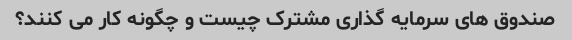
صندوق های سرمایه گذاری مشترک چیست و چگونه کار می کنند؟